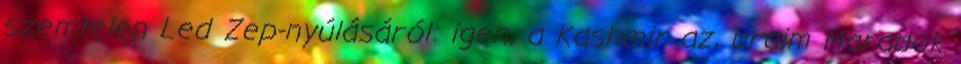
szemtelen Led Zep-nyúlásáról: igen, a Kashmir az, uraim Maradok